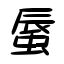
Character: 蜃